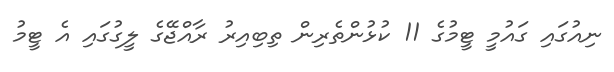
ނިއުގައި ގައުމީ ޓީމުގެ 11 ކުޅުންތެރިން ތިބިއިރު ރާއްޖޭގެ ލީގުގައި އެ ޓީމު